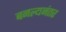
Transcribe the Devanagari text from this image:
बनल्यनंतर